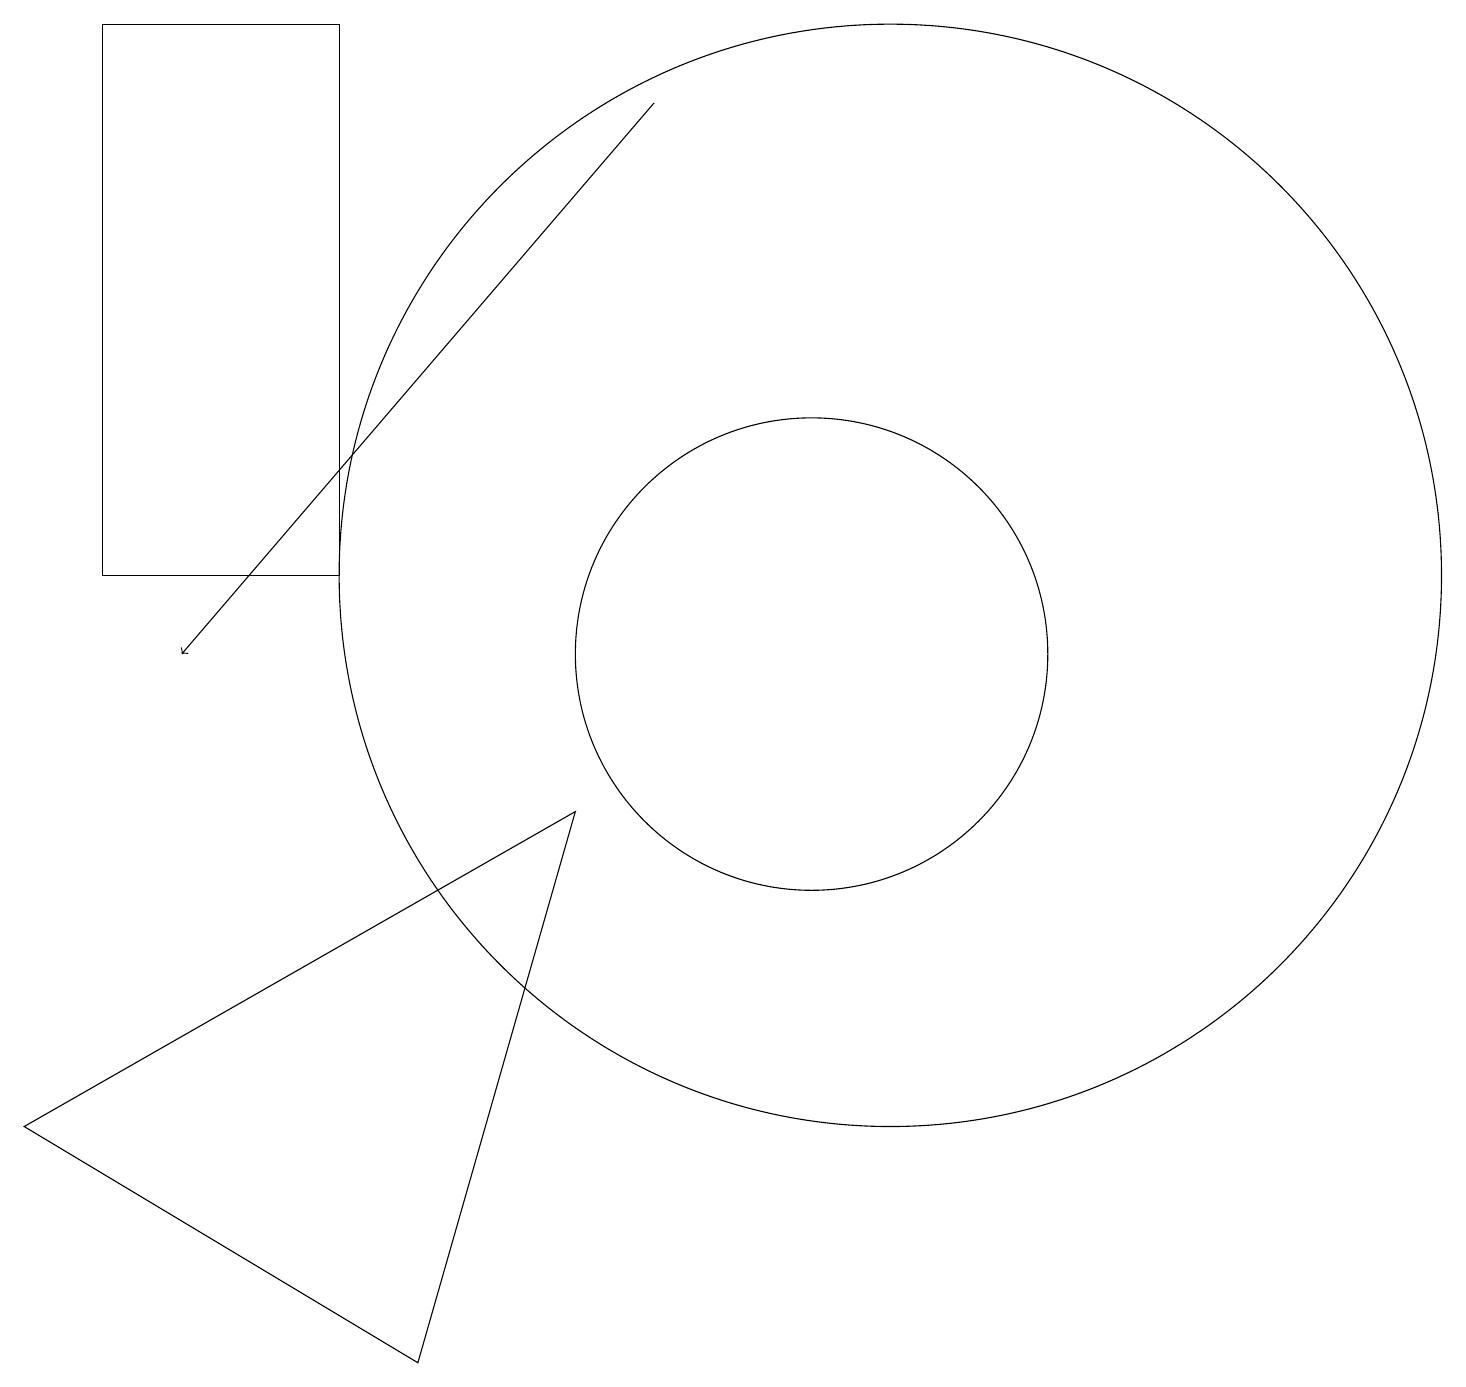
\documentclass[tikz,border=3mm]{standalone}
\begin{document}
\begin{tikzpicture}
\draw (11,11) circle (7);
\draw[->] (8,17) -- (2,10);
\draw (1,11) rectangle (4,18);
\draw (7,8) -- (0,4) -- (5,1) -- cycle;
\draw (10,10) circle (3);
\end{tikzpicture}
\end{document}